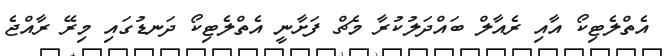
އެތްލެޓިކޯ އާއި ރެއާލް ބައްދަލުކުރާ މެޗް ފަށާނީ އެތްލެޓިކޯ ދަނޑުގައި މިރޭ ރާއްޖެ